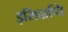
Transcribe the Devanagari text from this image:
इसिदाप्ति